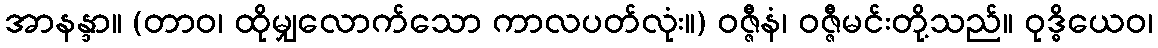
အာနန္ဒာ။ (တာဝ၊ ထိုမျှလောက်သော ကာလပတ်လုံး။) ဝဇ္ဇီနံ၊ ဝဇ္ဇီမင်းတို့သည်။ ဝုဒ္ဓိယေဝ၊